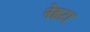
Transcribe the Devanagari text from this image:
नेहटा